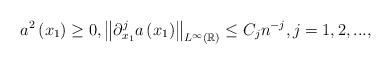
LaTeX: \begin{align*}a^{2}\left( x_{1}\right) \geq 0,\left\Vert \partial_{x_{1}}^{j}a\left( x_{1}\right) \right\Vert _{L^{\infty }\left( \mathbb{R}\right) }\leq C_{j}n^{-j},j=1,2,..., \end{align*}